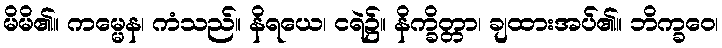
မိမိ၏။ ကမ္မေန၊ ကံသည်။ နိရယေ၊ ငရဲ၌။ နိက္ခိတ္တာ၊ ချထားအပ်၏။ ဘိက္ခဝေ၊